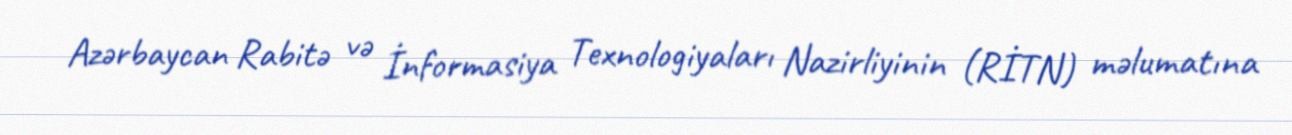
Azərbaycan Rabitə və İnformasiya Texnologiyaları Nazirliyinin (RİTN) məlumatına